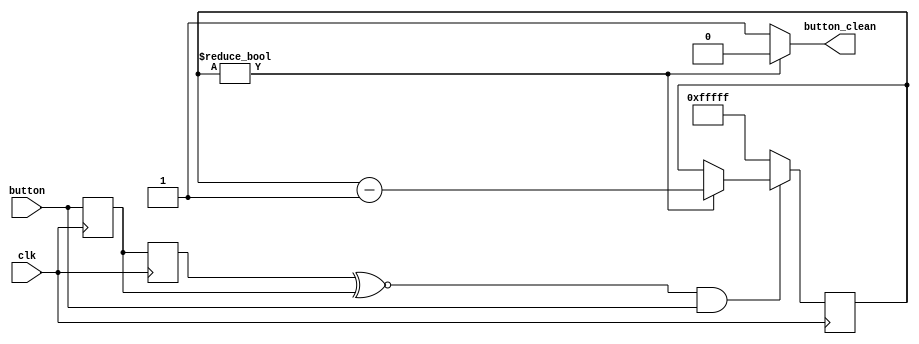
module clean_button_module(input button, input clk, output button_clean);
    reg temp, button_sync;
    reg [21:0] counter;

    //Sync
    always @(posedge clk) begin
        temp <= button;
    end

    always @(posedge clk) begin
        button_sync <= temp;
    end
    //End Sync

    //Anti-Bounce
    always @(posedge clk) begin
        //When every signal of the synchronozer is 1
        // then start counter
        if ((button_sync ~^ temp) & button) begin
            if (counter) begin
                counter <= counter - 1'b1;
            end
        end
        //Otherwise reset counter.
        else begin
            counter <= 22'hFFFFF;
        end
    end
    
    assign button_clean = counter ? 1'b0 : 1'b1;
    //End Anti-Bounce
endmodule